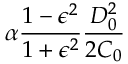
\alpha \frac { 1 - \epsilon ^ { 2 } } { 1 + \epsilon ^ { 2 } } \frac { D _ { 0 } ^ { 2 } } { 2 C _ { 0 } }